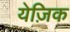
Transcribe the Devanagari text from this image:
येज़िक